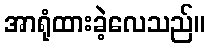
အာရုံထားခဲ့လေသည်။